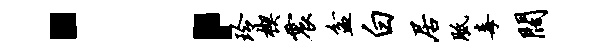
：玲楔震盆白居胝毒阔